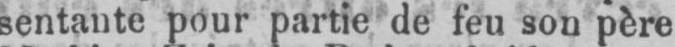
sentante pour partie de feu son père